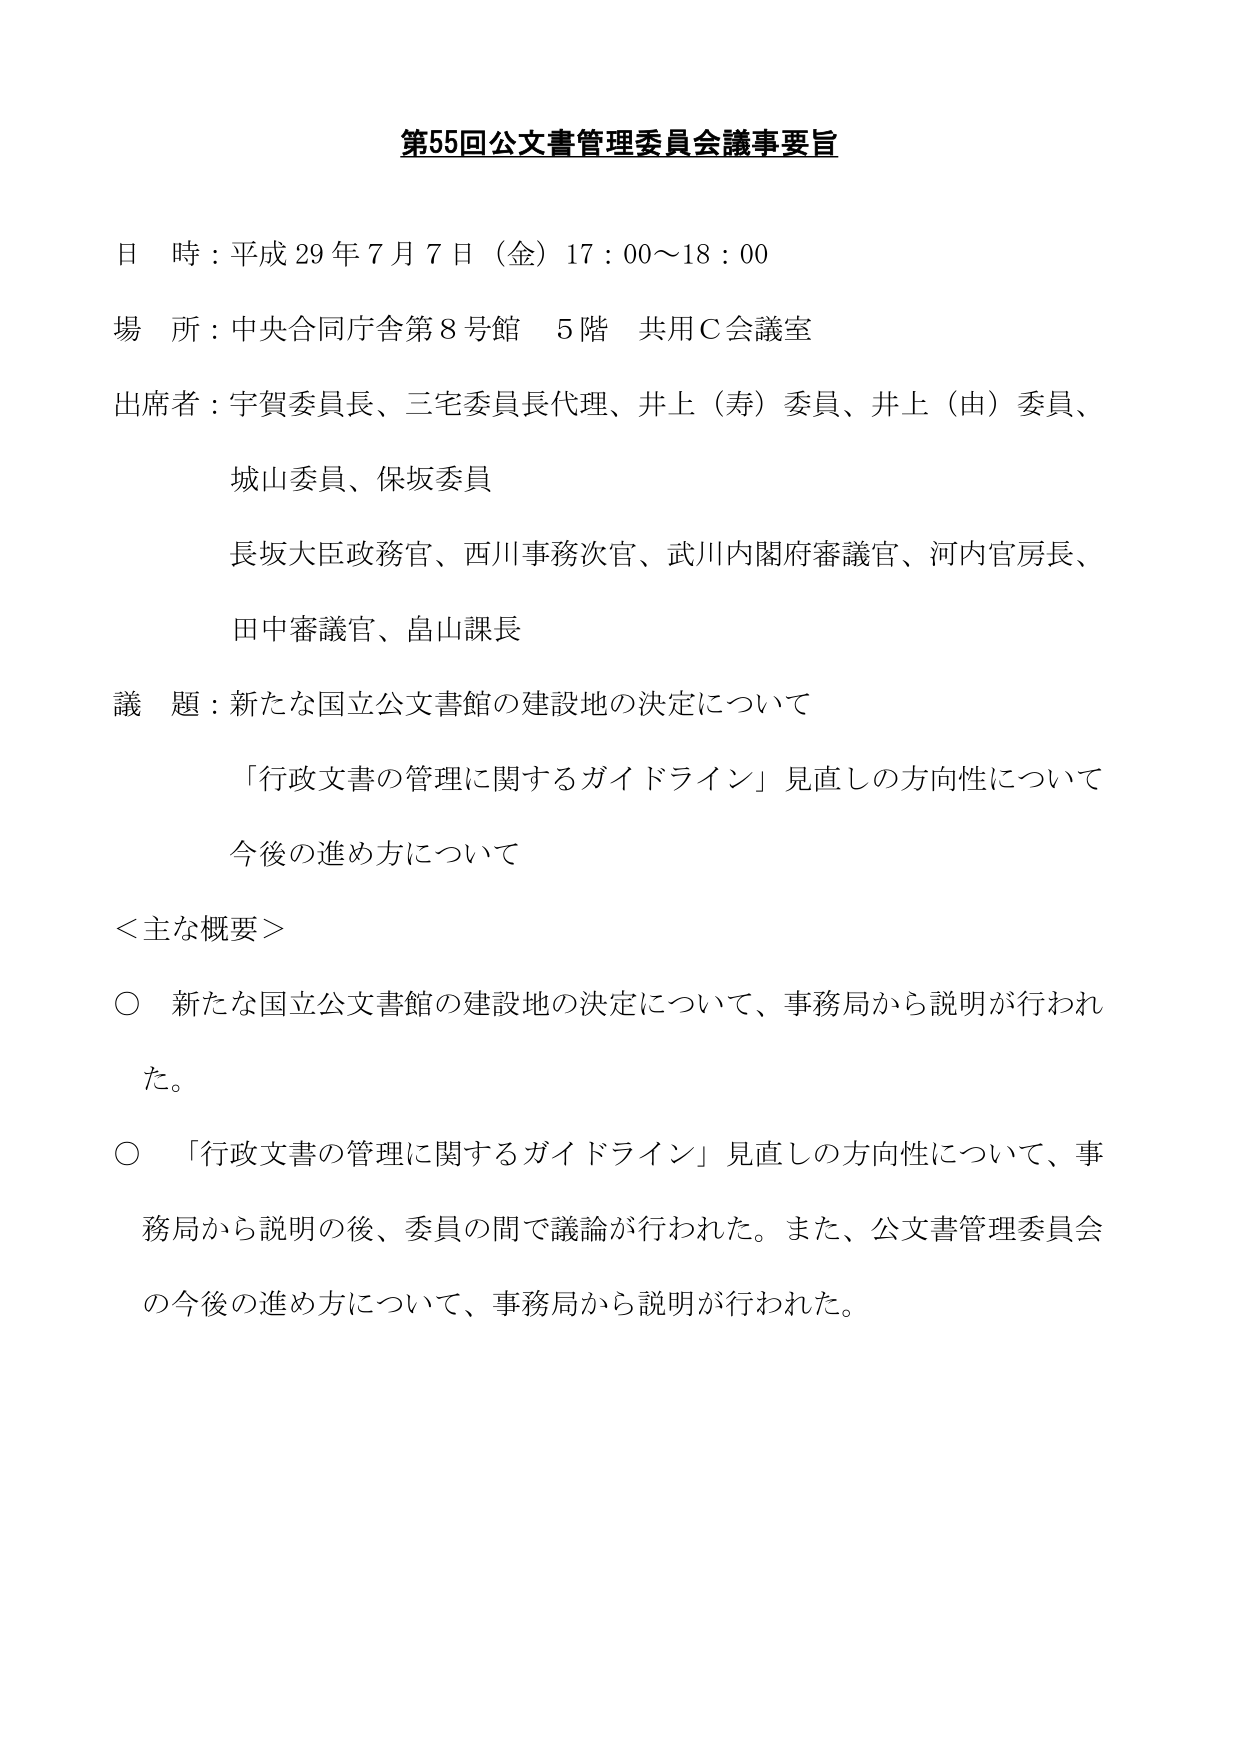
第55回公文書管理委員会議事要旨

日 時：平成29年7月7日（金）17：00～18：00

場 所：中央合同庁舎第8号館 5階 共用C会議室

出席者：宇賀委員長、三宅委員長代理、井上（寿）委員、井上（由）委員、
　　　　城山委員、保坂委員
　　　　長坂大臣政務官、西川事務次官、武川内閣府審議官、河内官房長、
　　　　田中審議官、畠山課長

議 題：新たな国立公文書館の建設地の決定について
　　　　「行政文書の管理に関するガイドライン」見直しの方向性について
　　　　今後の進め方について

＜主な概要＞

○ 新たな国立公文書館の建設地の決定について、事務局から説明が行われた。

○ 「行政文書の管理に関するガイドライン」見直しの方向性について、事務局から説明の後、委員の間で議論が行われた。また、公文書管理委員会の今後の進め方について、事務局から説明が行われた。